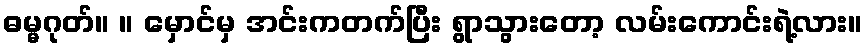
ဓမ္မဂုတ်။ ။ မှောင်မှ အင်းကတက်ပြီး ရွာသွားတော့ လမ်းကောင်းရဲ့လား။